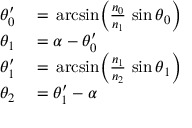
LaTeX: \begin{array} { r l } { \theta _ { 0 } ^ { \prime } } & { { } = \, { \mathrm { a r c s i n } } { \Big ( } { \frac { n _ { 0 } } { n _ { 1 } } } \, \sin \theta _ { 0 } { \Big ) } } \\ { \theta _ { 1 } } & { { } = \alpha - \theta _ { 0 } ^ { \prime } } \\ { \theta _ { 1 } ^ { \prime } } & { { } = \, { \mathrm { a r c s i n } } { \Big ( } { \frac { n _ { 1 } } { n _ { 2 } } } \, \sin \theta _ { 1 } { \Big ) } } \\ { \theta _ { 2 } } & { { } = \theta _ { 1 } ^ { \prime } - \alpha } \end{array}